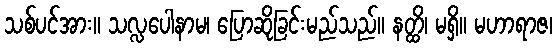
သစ်ပင်အား။ သလ္လပေါနာမ၊ ပြောဆိုခြင်းမည်သည်။ နတ္ထိ၊ မရှိ။ မဟာရာဇ၊